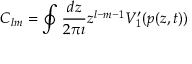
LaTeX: C _ { l m } = \oint \frac { d z } { 2 \pi \imath } z ^ { l - m - 1 } V _ { 1 } ^ { \prime } ( p ( z , t ) )